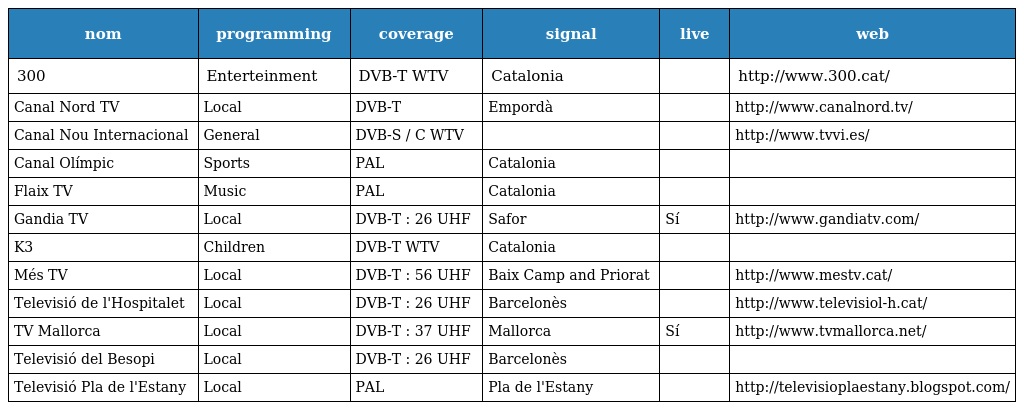
| nom | programming | coverage | signal | live | web |
 | --- | --- | --- | --- | --- | --- |
 | 300 | Enterteinment | DVB-T WTV | Catalonia |  | http://www.300.cat/ |
 | Canal Nord TV | Local | DVB-T | Empordà |  | http://www.canalnord.tv/ |
 | Canal Nou Internacional | General | DVB-S / C WTV |  |  | http://www.tvvi.es/ |
 | Canal Olímpic | Sports | PAL | Catalonia |  |  |
 | Flaix TV | Music | PAL | Catalonia |  |  |
 | Gandia TV | Local | DVB-T : 26 UHF | Safor | Sí | http://www.gandiatv.com/ |
 | K3 | Children | DVB-T WTV | Catalonia |  |  |
 | Més TV | Local | DVB-T : 56 UHF | Baix Camp and Priorat |  | http://www.mestv.cat/ |
 | Televisió de l'Hospitalet | Local | DVB-T : 26 UHF | Barcelonès |  | http://www.televisiol-h.cat/ |
 | TV Mallorca | Local | DVB-T : 37 UHF | Mallorca | Sí | http://www.tvmallorca.net/ |
 | Televisió del Besopi | Local | DVB-T : 26 UHF | Barcelonès |  |  |
 | Televisió Pla de l'Estany | Local | PAL | Pla de l'Estany |  | http://televisioplaestany.blogspot.com/ |